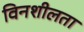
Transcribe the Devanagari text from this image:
विनशीलता